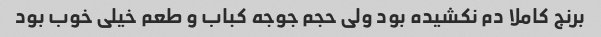
برنج کاملا دم نکشیده بود ولی حجم جوجه کباب و طعم خیلی خوب بود